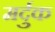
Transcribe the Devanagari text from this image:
मर्दुक